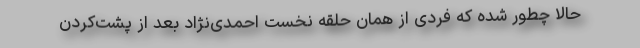
حالا چطور شده که فردی از همان حلقه نخست احمدی‌نژاد بعد از پشت‌کردن